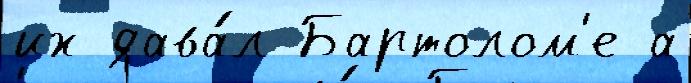
их дава́л Бартолом'е а